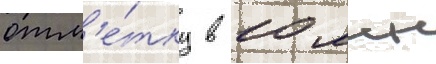
отм'е́тку в 10 млн